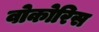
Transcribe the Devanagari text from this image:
वोकोरिस